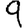
Digit: 9